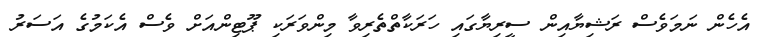
އެހެން ނަމަވެސް ރަޝިޔާއިން ސީރިޔާގައި ހަރަކާތްތެރިވާ މިންވަރަކި ޕޫޓިންއަށް ވެސް އެކަމުގެ އަސަރު